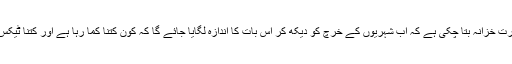
اس سے پہلے بھی وزارتِ خزانہ بتا چکی ہے کہ اب شہریوں کے خرچ کو دیکھ کر اس بات کا اندازہ لگایا جائے گا کہ کون کتنا کما رہا ہے اور کتنا ٹیکس چوری کیا جا رہا ہے۔